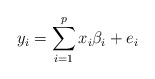
\begin{align*}y_i = \sum_{i=1}^{p}x_i\beta_i + e_i\end{align*}